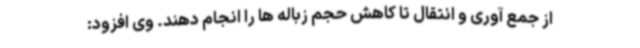
از جمع آوری و انتقال تا کاهش حجم زباله ها را انجام دهند. وی افزود: